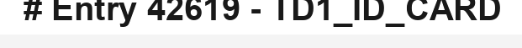
# Entry 42619 - TD1_ID_CARD